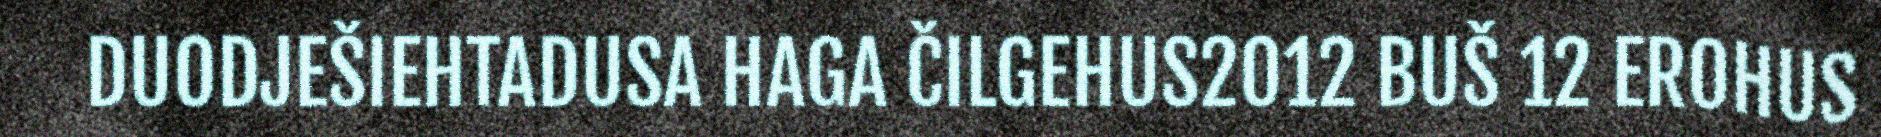
DUODJEŠIEHTADUSA HAGA ČILGEHUS2012 BUŠ 12 EROHUS